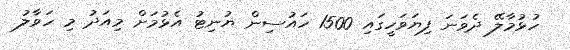
ހުޅުމާލޭ ދެވަނަ ފިޔަވަހީގައި 1500 ހައުސިން ޔުނިޓު އެޅުމަށް މިއަދު މި ހަވާލު